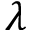
\lambda